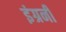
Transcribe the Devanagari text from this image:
इंग्रनी